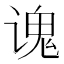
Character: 𫍷